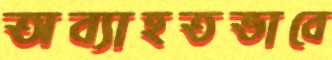
অব্যাহতভাবে